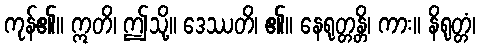
ကုန်၏။ ဣတိ၊ ဤသို့။ ဒေဿတိ၊ ၏။ နေရုတ္တန္တိ၊ ကား။ နိရုတ္တံ၊